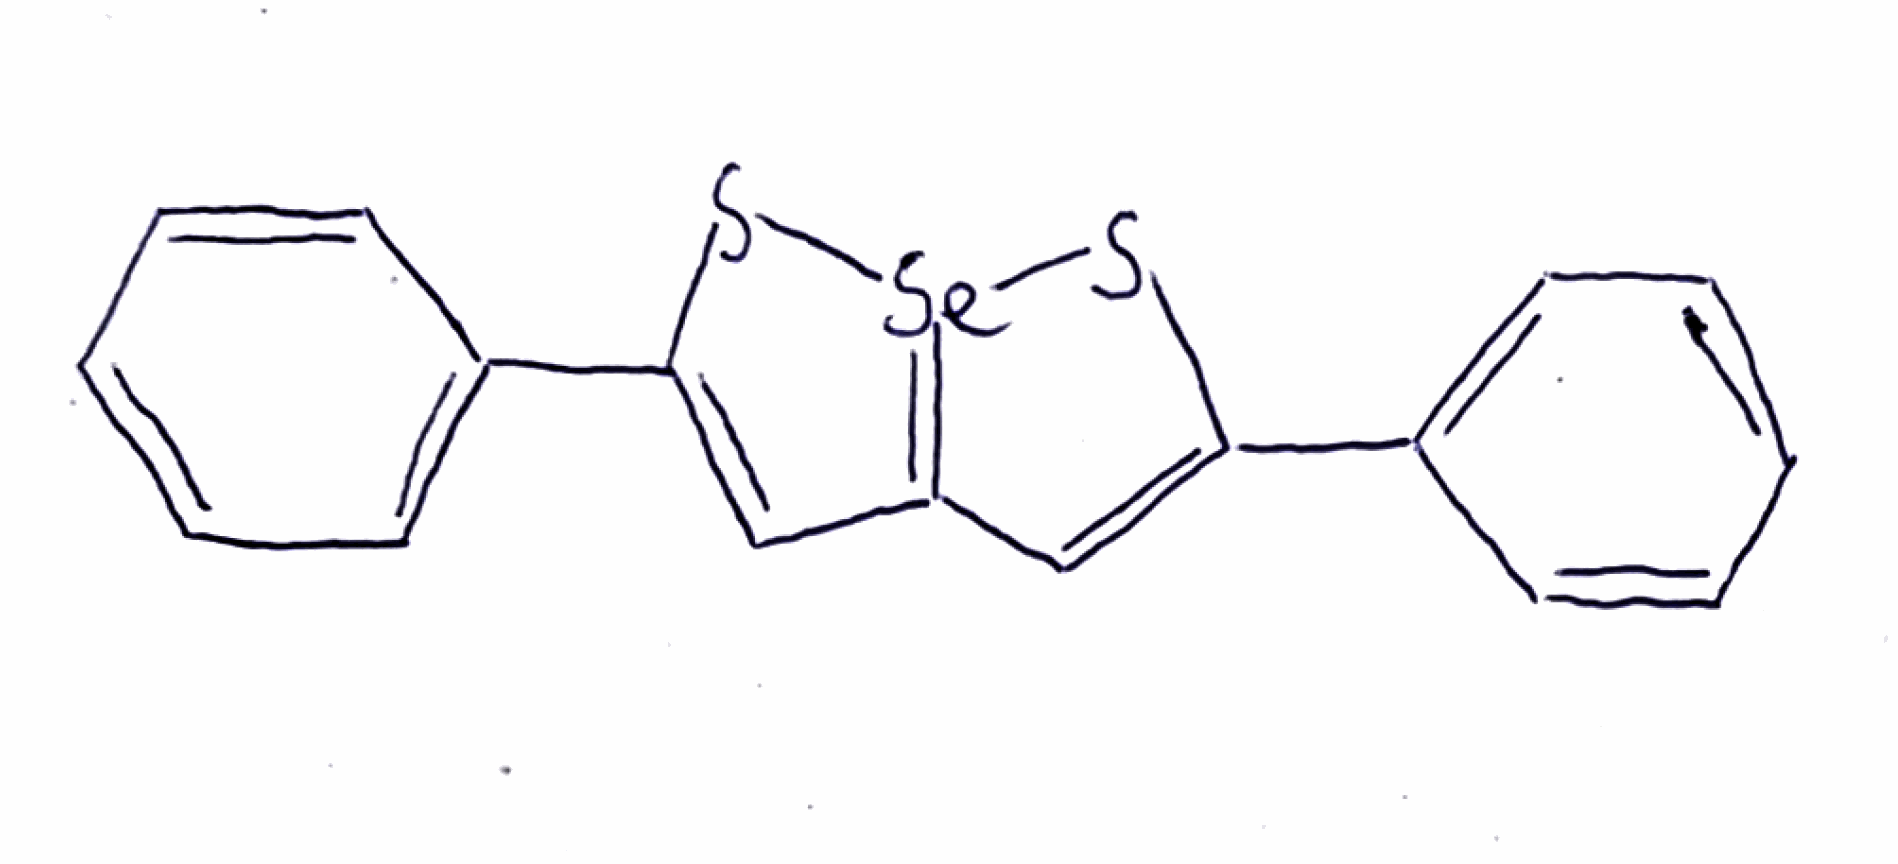
Simplified molecular-input line-entry system (SMILES) notation of the given molecule:
C1=CC=C(C=C1)C2=CC3=[Se](S2)SC(=C3)C4=CC=CC=C4